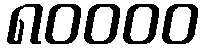
၈၀၀၀၀